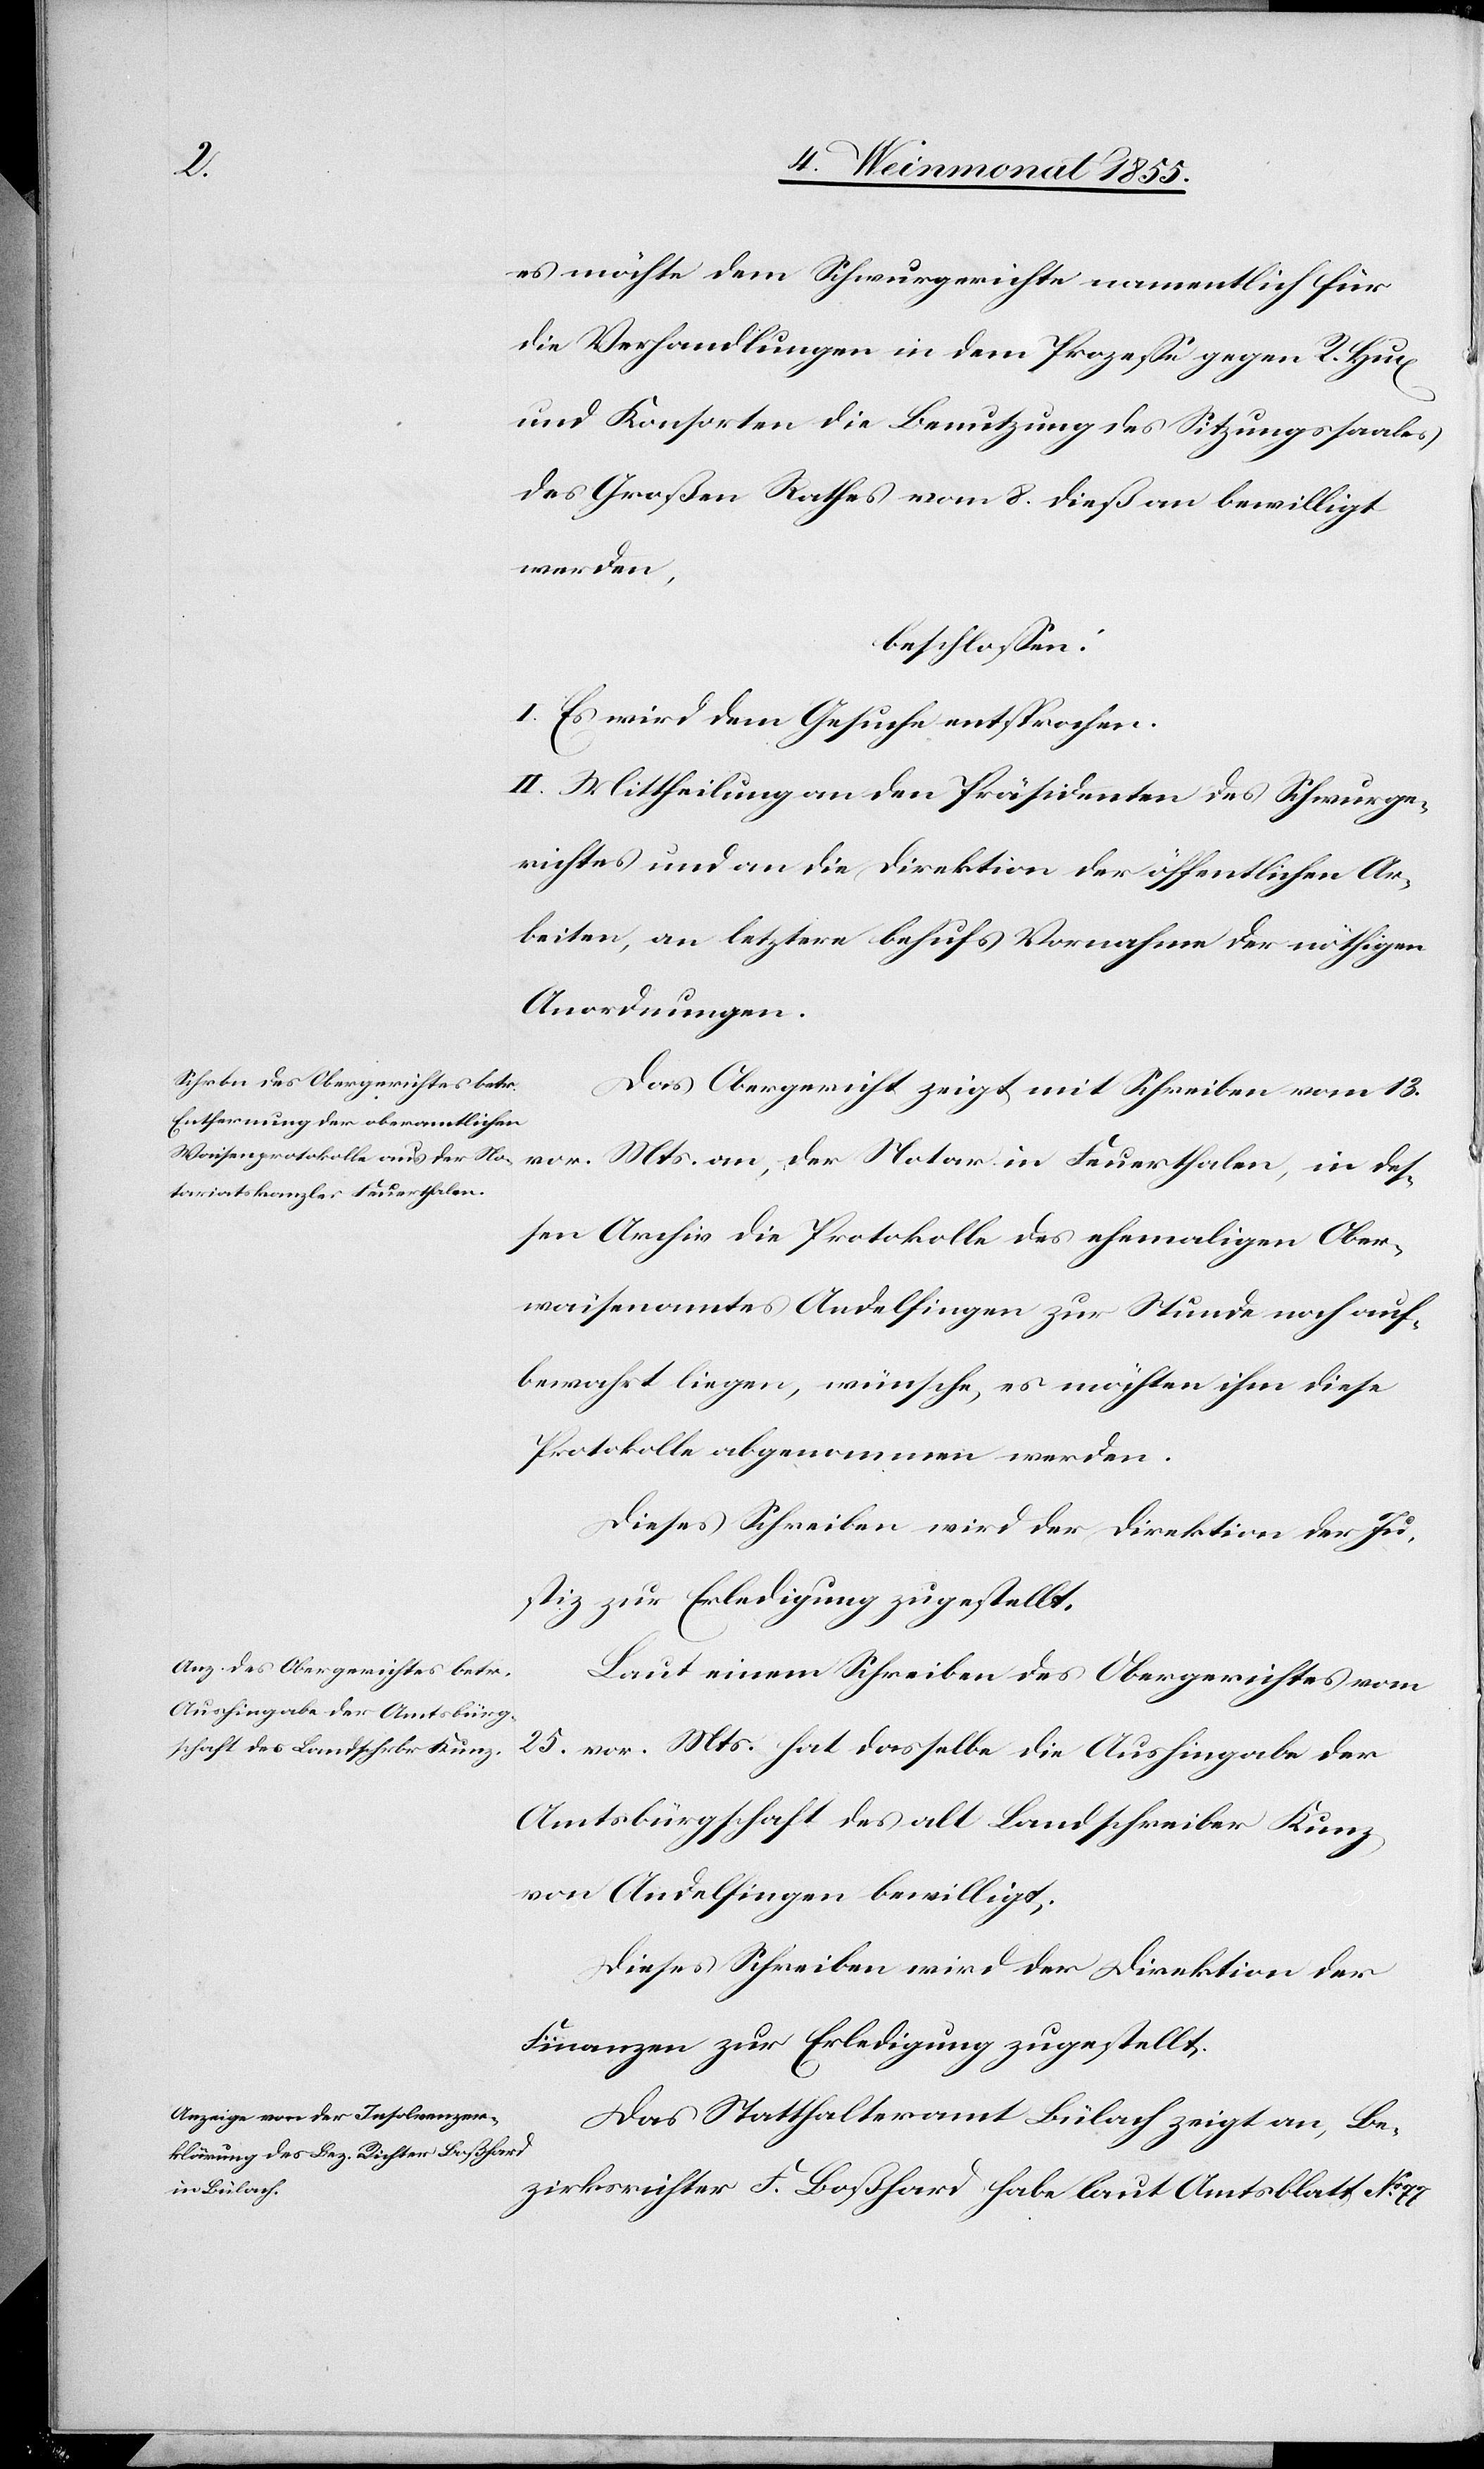
es möchte dem Schwurgerichte namentlich für
die Verhandlungen in dem Prozesse gegen R. Hux
und Konsorten die Benutzung des Sitzungssaales
des Großen Rathes vom 8. dieß an bewilligt
werden,
beschlossen:
I. Es wird dem Gesuche entsprochen.
II. Mittheilung an den Präsidenten des Schwurge¬
richtes und an die Direktion der öffentlichen Ar¬
beiten, an letztere behufs Vornahme der nöthigen
Anordnungen.
Das Obergericht zeigt mit Schreiben vom 13.
vor. Mts. an, der Notar in Feuerthalen, in des¬
sen Archiv die Protokolle des ehemaligen Ober¬
waisenamtes Andelfingen zur Stunde noch auf¬
bewahrt liegen, wünsche, es möchten ihm diese
Protokolle abgenommen werden.
Dieses Schreiben wird der Direktion der Ju¬
stiz zur Erledigung zugestellt.
Laut einem Schreiben des Obergerichtes vom
25. vor. Mts. hat dasselbe die Aushingabe der
Amtsbürgschaft des alt Landschreiber Kunz
von Andelfingen bewilligt.
Dieses Schreiben wird der Direktion der
Finanzen zur Erledigung zugestellt.
Das Statthalteramt Bülach zeigt an, Be¬
zirksrichter F. Boßhard habe laut Amtsblatt No.